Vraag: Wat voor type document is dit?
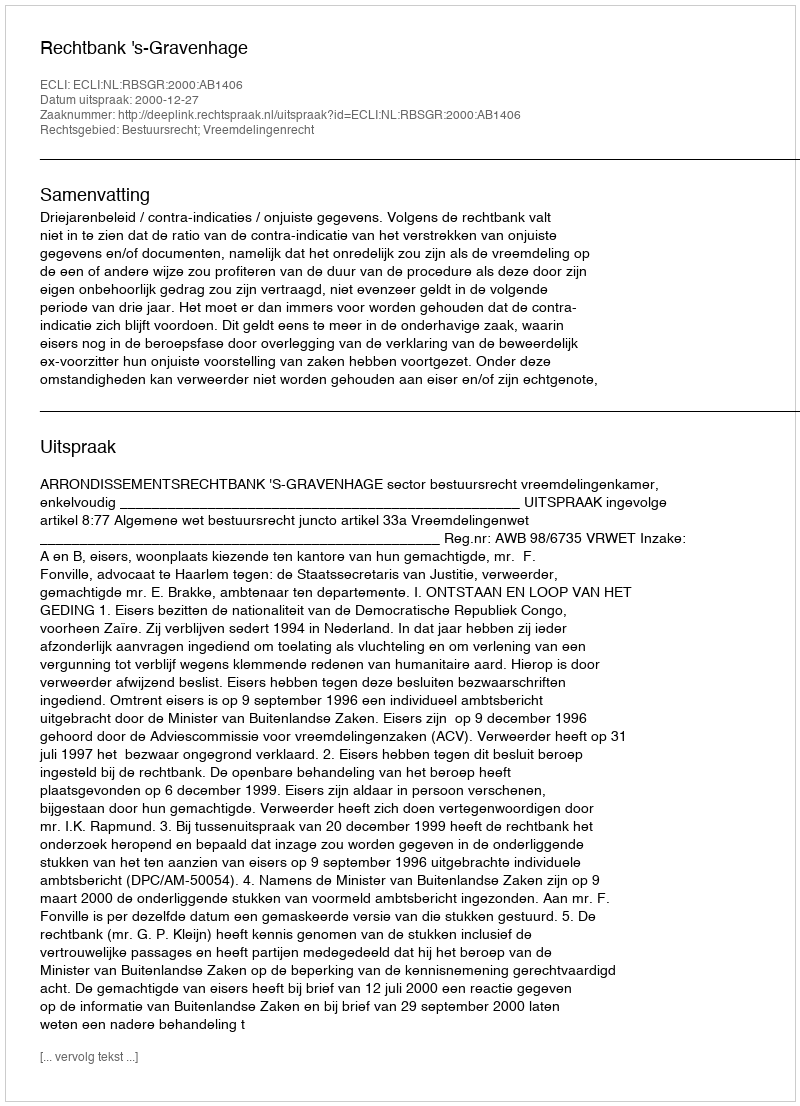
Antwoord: Uitspraak